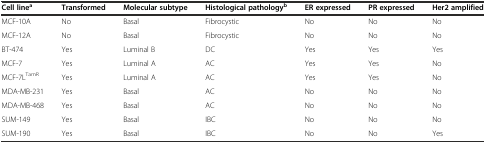
| Cell linea | Transformed | Molecular subtype | Histological pathologyb | ER expressed | PR expressed | Her2 amplified |
 | --- | --- | --- | --- | --- | --- | --- |
 | MCF-10A | No | Basal | Fibrocystic | No | No | No |
 | MCF-12A | No | Basal | Fibrocystic | No | No | No |
 | BT-474 | Yes | Luminal B | DC | Yes | Yes | Yes |
 | MCF-7 | Yes | Luminal A | AC | Yes | Yes | No |
 | MCF-7LTamR | Yes | Luminal A | AC | Yes | Yes | No |
 | MDA-MB-231 | Yes | Basal | AC | No | No | No |
 | MDA-MB-468 | Yes | Basal | AC | No | No | No |
 | SUM-149 | Yes | Basal | IBC | No | No | No |
 | SUM-190 | Yes | Basal | IBC | No | No | Yes |